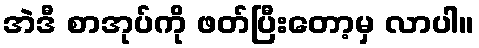
အဲဒီ စာအုပ်ကို ဖတ်ပြီးတော့မှ လာပါ။